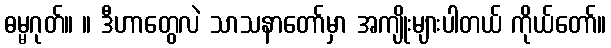
ဓမ္မဂုတ်။ ။ ဒီဟာတွေလဲ သာသနာတော်မှာ အကျိုးများပါတယ် ကိုယ်တော်။